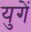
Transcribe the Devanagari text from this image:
युगें